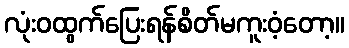
လုံးဝထွက်ပြေးရန်စိတ်မကူးဝံ့တော့။